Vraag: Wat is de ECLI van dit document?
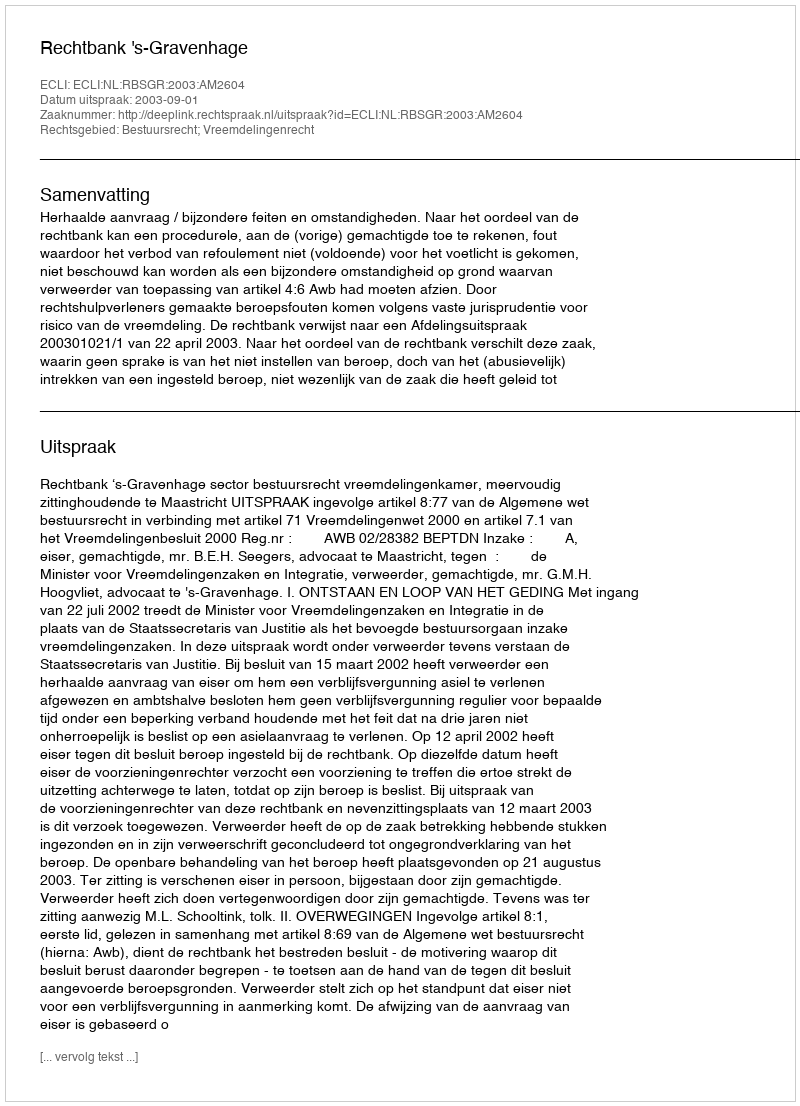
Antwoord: ECLI:NL:RBSGR:2003:AM2604